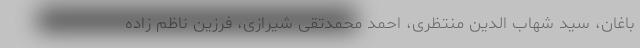
باغان، سید شهاب الدین منتظری، احمد محمدتقی شیرازی، فرزین ناظم زاده